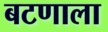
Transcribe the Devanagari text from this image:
बटणाला